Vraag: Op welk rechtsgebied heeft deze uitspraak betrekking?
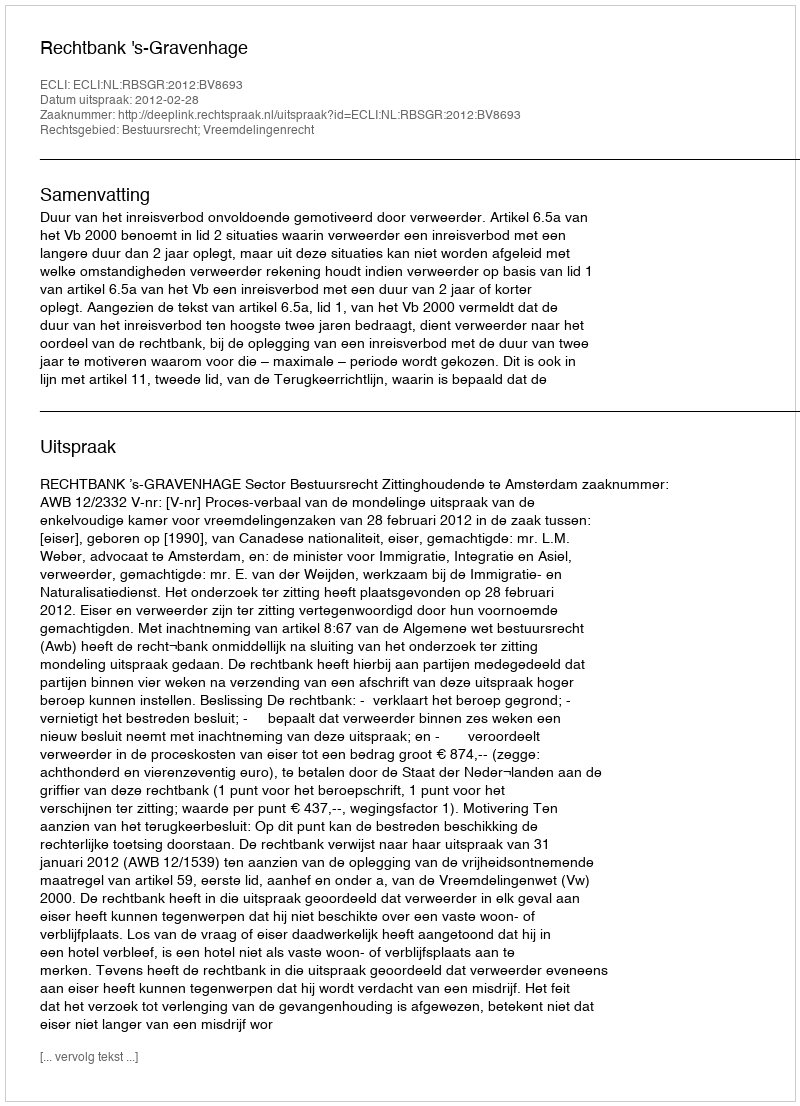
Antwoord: Bestuursrecht; Vreemdelingenrecht